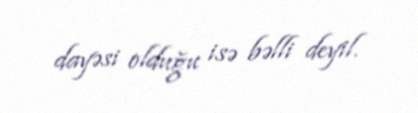
dayəsi olduğu isə bəlli deyil.